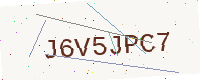
Text: J6V5JPC7